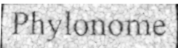
Phylonome